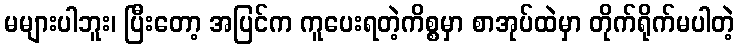
မများပါဘူး၊ ပြီးတော့ အပြင်က ကူပေးရတဲ့ကိစ္စမှာ စာအုပ်ထဲမှာ တိုက်ရိုက်မပါတဲ့